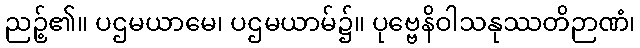
ညဉ့်၏။ ပဌမယာမေ၊ ပဌမယာမ်၌။ ပုဗ္ဗေနိဝါသနုဿတိဉာဏံ၊